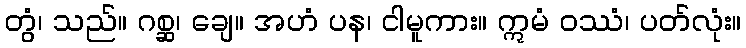
တွံ၊ သည်။ ဂစ္ဆ၊ ချေ။ အဟံ ပန၊ ငါမူကား။ ဣမံ ဝဿံ၊ ပတ်လုံး။